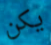
يكن